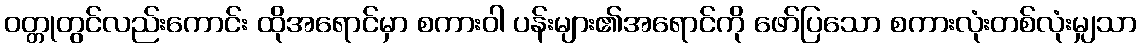
ဝတ္တုတွင်လည်းကောင်း ထိုအရောင်မှာ စကားဝါ ပန်းများ၏အရောင်ကို ဖော်ပြသော စကားလုံးတစ်လုံးမျှသာ